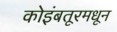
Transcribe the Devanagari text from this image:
कोइंबतूरमधून